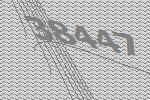
38447